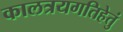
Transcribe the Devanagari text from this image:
कालत्रयगतिहेतुं